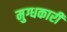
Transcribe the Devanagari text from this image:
मुग्धकारी